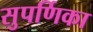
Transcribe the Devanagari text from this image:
सुपर्णिका